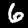
Digit: 6